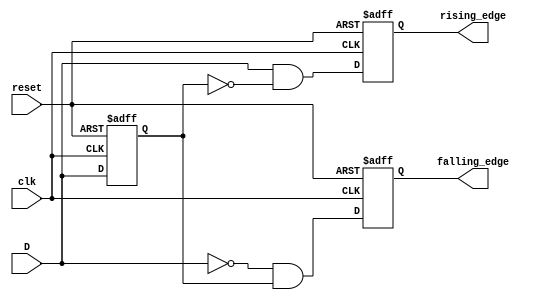
module edge_detector (
    input wire clk,            // Clock signal
    input wire reset,          // Reset signal
    input wire D,              // Input signal
    output reg rising_edge,     // Rising edge output
    output reg falling_edge     // Falling edge output
);

    reg D_prev;                 // Previous state of the input signal

    // Always block to handle edge detection logic
    always @(posedge clk or posedge reset) begin
        if (reset) begin
            D_prev <= 1'b0;     // Initialize previous state to 0 on reset
            rising_edge <= 1'b0; // Clear rising edge output
            falling_edge <= 1'b0; // Clear falling edge output
        end else begin
            // Edge detection logic
            rising_edge <= (D == 1'b1 && D_prev == 1'b0); // Rising edge detected
            falling_edge <= (D == 1'b0 && D_prev == 1'b1); // Falling edge detected
            
            // Update previous state with current input
            D_prev <= D;
        end
    end

endmodule